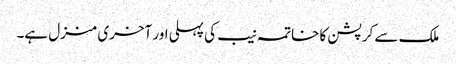
ملک سے کرپشن کا خاتمہ نیب کی پہلی اور آخری منزل ہے۔